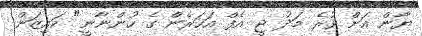
ޔާން އަށް ވުރެ މަދު ޖީ އެފް އަހަރެން ގެ ހުންނާނީ" ކައިޒަން